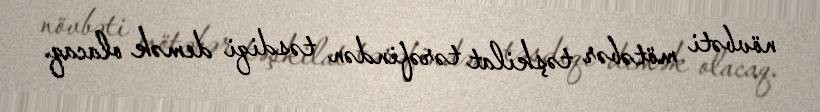
növbəti mötəbər təşkilat tərəfindən təsdiqi demək olacaq.